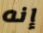
إنه